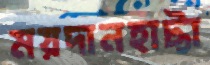
ময়দানহাট্টা